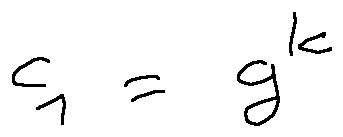
c _ { 1 } = g ^ { k }